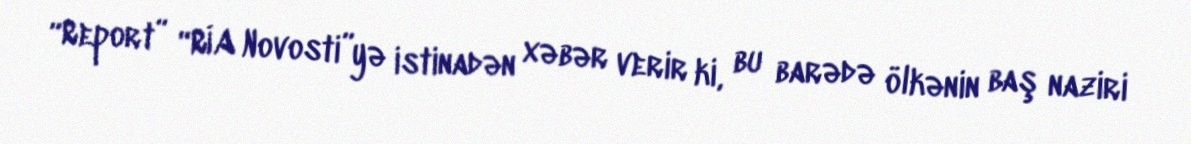
“Report” “RİA Novosti”yə istinadən xəbər verir ki, bu barədə ölkənin baş naziri